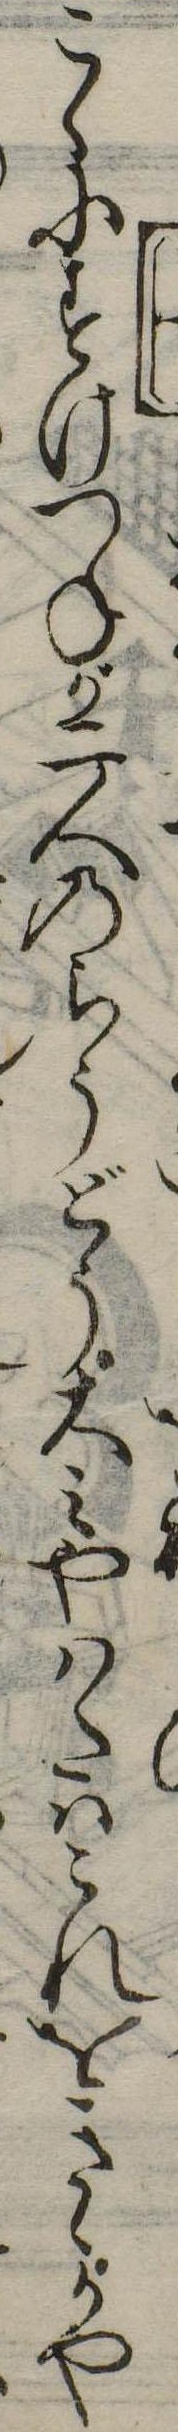
こゝにすけつねが二人のらうどう大みやはたはこれをきゝかや